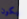
يكون